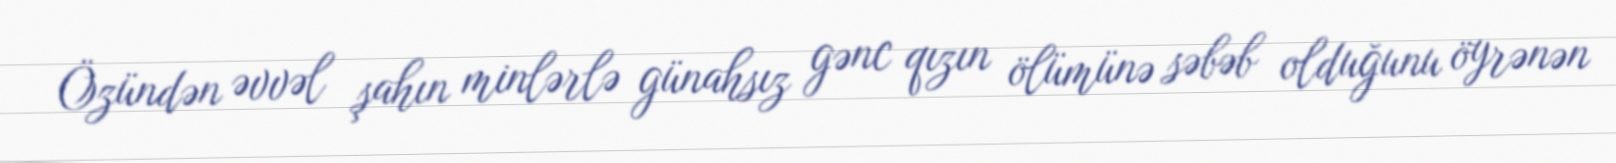
Özündən əvvəl şahın minlərlə günahsız gənc qızın ölümünə səbəb olduğunu öyrənən